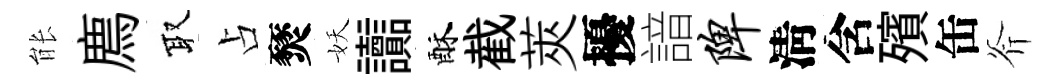
䏻廌取占燹妖讟酥截莢擾諳陴淸含殯缶斧